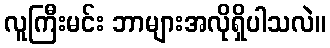
လူကြီးမင်း ဘာများအလိုရှိပါသလဲ။